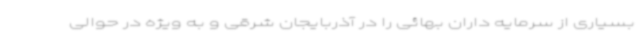
بسیاری از سرمایه داران بهائی را در آذربایجان شرقی و به ویژه در حوالی